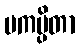
ပကပ္ပိတာ